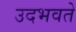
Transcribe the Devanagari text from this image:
उदभवते